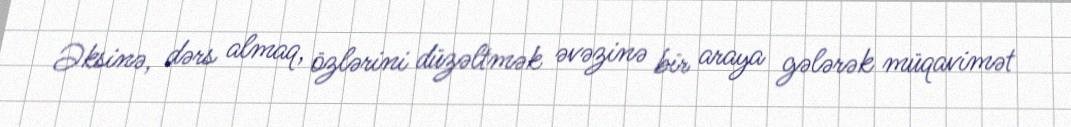
Əksinə, dərs almaq, özlərini düzəltmək əvəzinə bir araya gələrək müqavimət